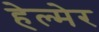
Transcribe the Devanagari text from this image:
हेल्मेर